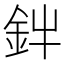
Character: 𮡩